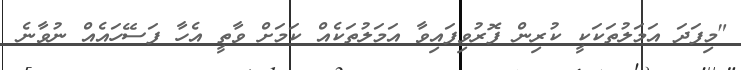
"މިފަދަ އަމަލުތަކަކީ ކުރިން ފޮރުވިފައިވާ އަމަލުތަކެއް ކަމަށް ވާތީ އެހާ ފަސޭހައެއް ނުވާނެ